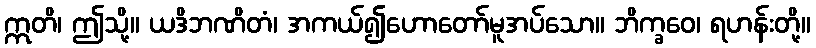
ဣတိ၊ ဤသို့။ ယဒိဘဏိတံ၊ အကယ်၍ဟောတော်မူအပ်သော။ ဘိက္ခဝေ၊ ရဟန်းတို့။